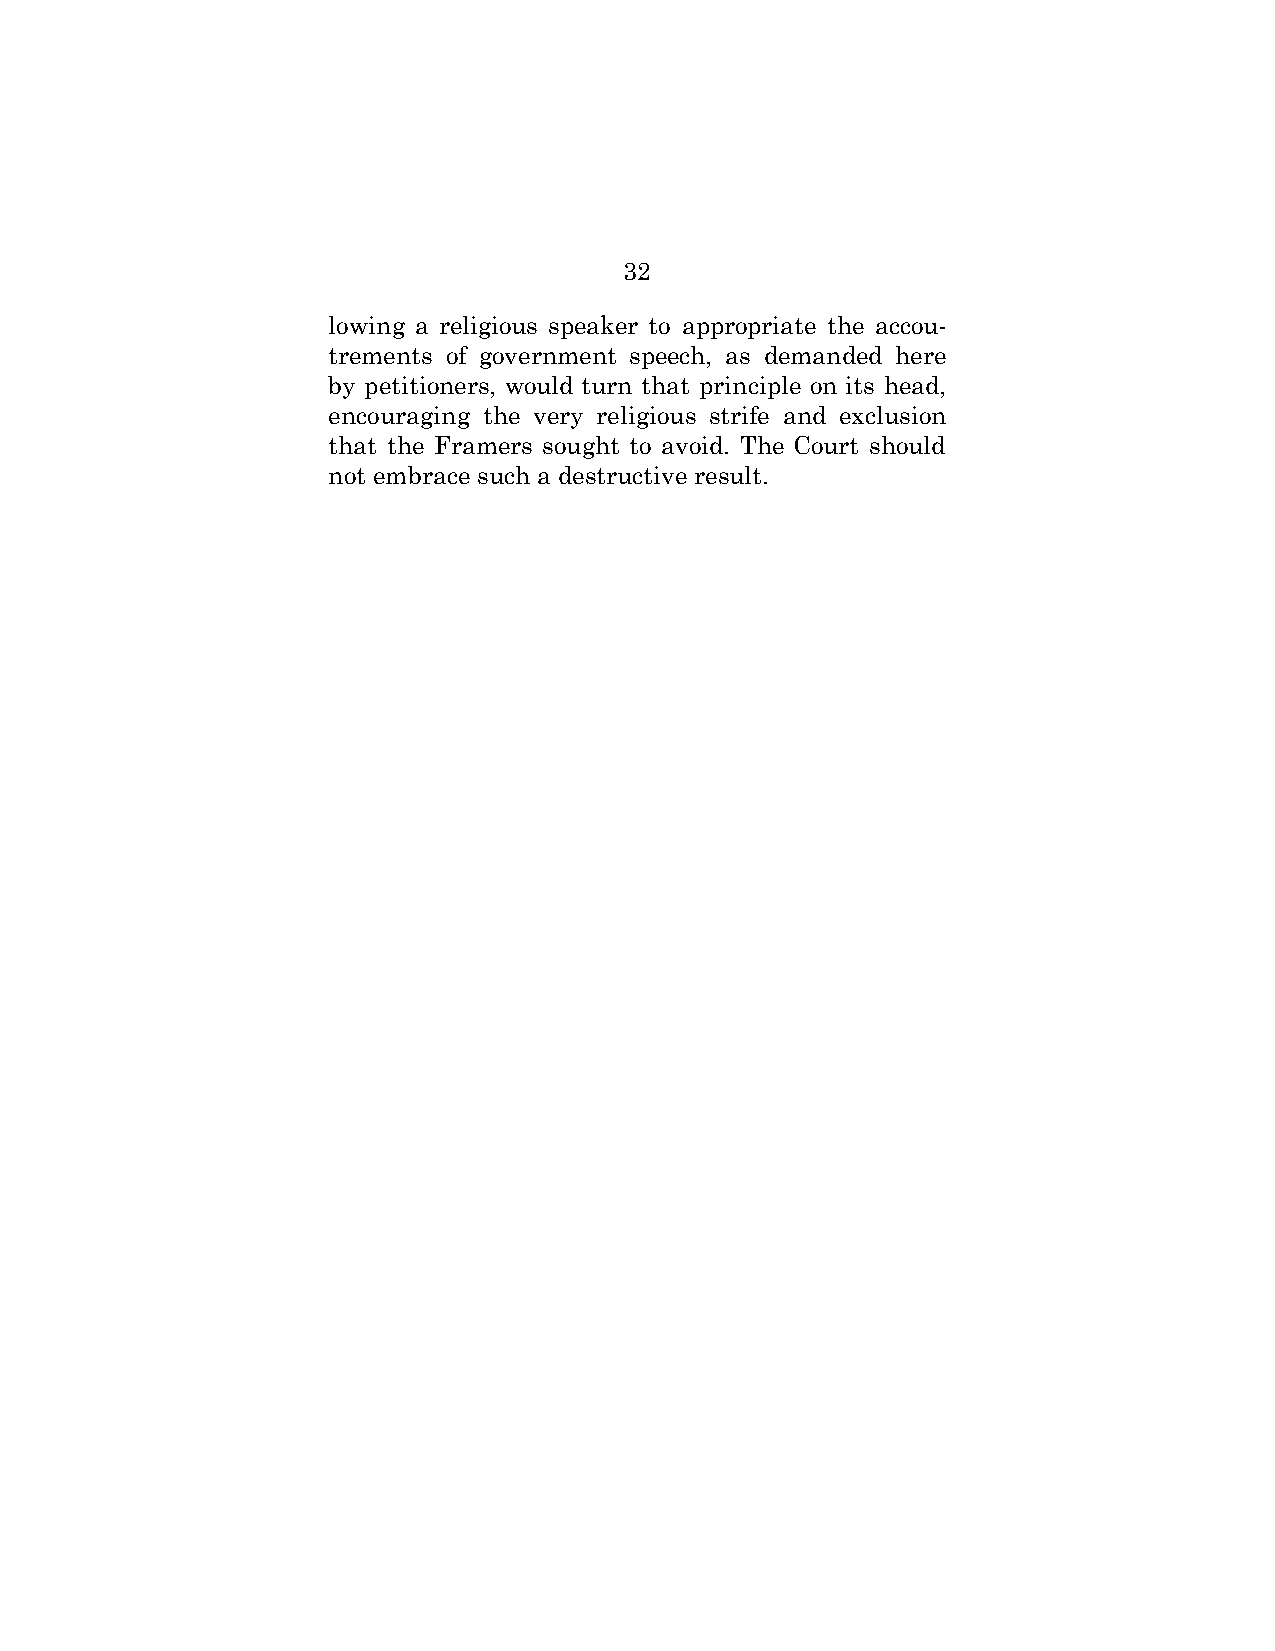
32
 lowing a religious speaker to appropriate the accou-
 trements of government speech, as demanded here
 by petitioners, would turn that principle on its head,
 encouraging the very religious strife and exclusion
 that the Framers sought to avoid. The Court should
 not embrace such a destructive result.